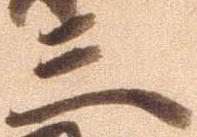
三